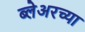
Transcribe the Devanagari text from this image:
ब्लेअरच्या